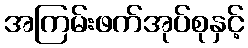
အကြမ်းဖက်အုပ်စုနှင့်